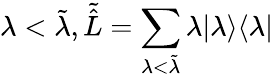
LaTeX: \lambda<\tilde{\lambda},\tilde{\hat{L}}=\sum_{\lambda<\tilde{\lambda}}\lambda|\lambda\rangle\langle\lambda|